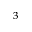
^ 3